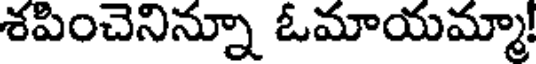
శపించెనిన్నూ ఓమాయమ్మా!